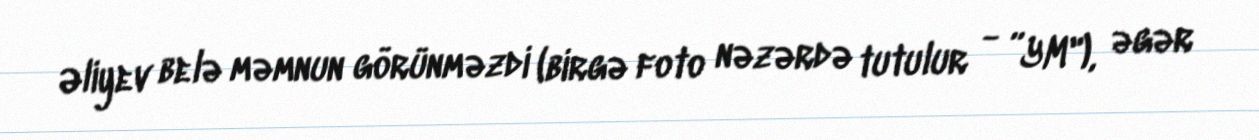
Əliyev belə məmnun görünməzdi (birgə foto nəzərdə tutulur - ”YM"), əgər